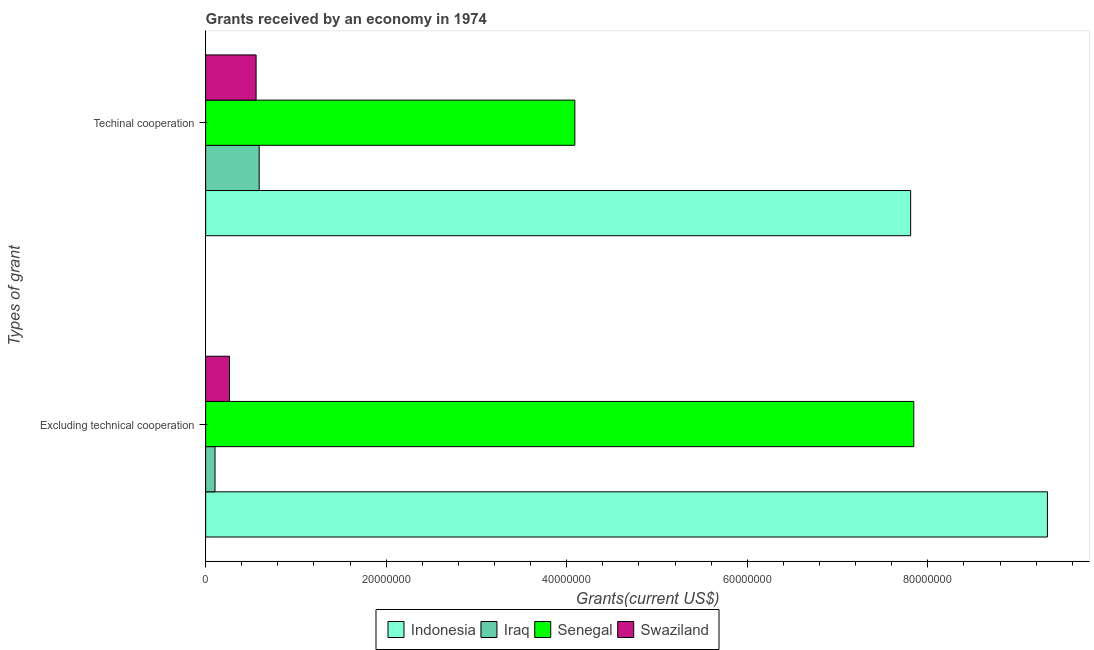
| Types of grant | Indonesia | Iraq | Senegal | Swaziland |
 | --- | --- | --- | --- | --- |
 | Excluding technical cooperation | 9.32e+07 | 1.04e+06 | 7.84e+07 | 2.64e+06 |
 | Techinal cooperation | 7.81e+07 | 5.93e+06 | 4.09e+07 | 5.59e+06 |